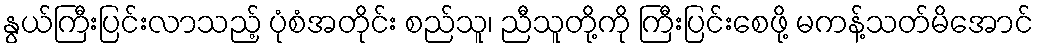
နွယ်ကြီးပြင်းလာသည့် ပုံစံအတိုင်း စည်သူ၊ ညီသူတို့ကို ကြီးပြင်းစေဖို့ မကန့်သတ်မိအောင်